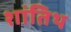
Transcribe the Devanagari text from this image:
शांतिथ